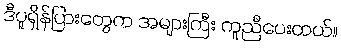
ဒီပူရှိန်ပြားတွေက အများကြီး ကူညီပေးတယ်။